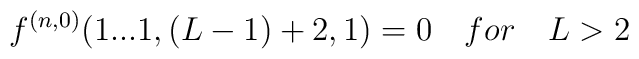
f^{(n,0)}(1...1,(L-1)+2,1)=0 \quad for \quad L>2